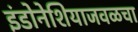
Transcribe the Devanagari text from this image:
इंडोनेशियाजवळचा